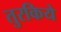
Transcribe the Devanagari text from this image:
तुरकिये